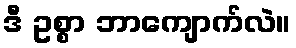
ဒီ ဥစ္စာ ဘာကျောက်လဲ။